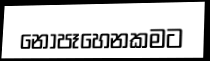
නොපෑහෙනකමට